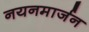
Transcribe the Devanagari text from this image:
नयनमार्जन